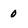
Character: 0